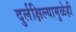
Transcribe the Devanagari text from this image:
दुर्लक्षिल्यामुळेही